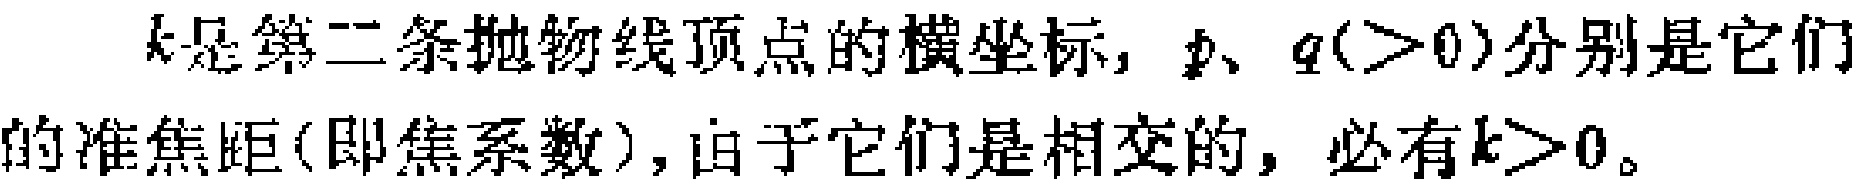
$k是第二条抛物线顶点的横坐标，p、q(>0)分别是它们的准焦距(即焦系数)，由于它们是相交的，必有k>0。$